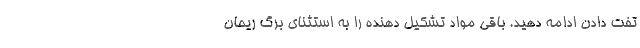
تفت دادن ادامه دهید. باقی مواد تشکیل دهنده را به استثنای برگ ریحان